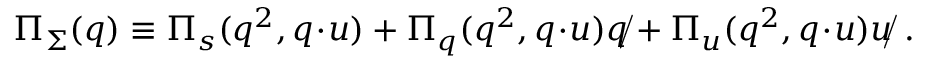
\Pi _ { \Sigma } ( q ) \equiv \Pi _ { s } ( q ^ { 2 } , q \! \cdot \! u ) + \Pi _ { q } ( q ^ { 2 } , q \! \cdot \! u ) \rlap { / } { q } + \Pi _ { u } ( q ^ { 2 } , q \! \cdot \! u ) \rlap { / } { u } \ .